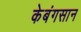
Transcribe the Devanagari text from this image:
केबंगसान